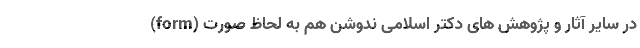
در سایر آثار و پژوهش های دکتر اسلامی ندوشن هم به لحاظ صورت (form)